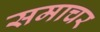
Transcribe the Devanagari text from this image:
समाचर